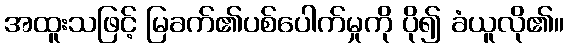
အထူးသဖြင့် မြခက်၏ပစ်ပေါက်မှုကို ပို၍ ခံယူလို၏။